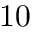
1 0